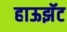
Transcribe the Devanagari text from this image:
हाऊझॅट